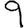
Digit: 9